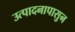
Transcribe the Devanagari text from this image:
उत्पादनापासुन